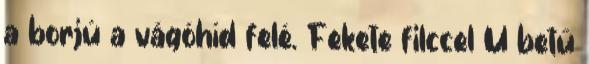
a borjú a vágóhíd felé. Fekete filccel U betű